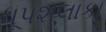
ધૂપશલાકા